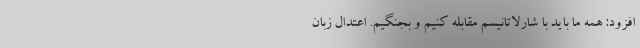
افزود: همه ما باید با شارلاتانیسم مقابله کنیم و بجنگیم. اعتدال زبان